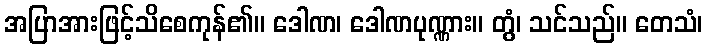
အပြာအားဖြင့်သိစေကုန်၏။ ဒေါဏ၊ ဒေါဏပုဏ္ဏား။ တွံ၊ သင်သည်။ တေသံ၊